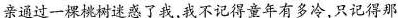
亲过一棵桃树迷惑了我，我不记得童年有多冷，只记得那